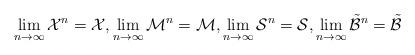
LaTeX: \begin{align*}\begin{aligned} \lim_{ n \to \infty } \mathcal{X}^n = \mathcal{X}, \lim_{ n \to \infty } \mathcal{M}^n = \mathcal{M}, \lim_{ n \to \infty } \mathcal{S}^n = \mathcal{S}, \lim_{ n \to \infty } \tilde{ \mathcal{B} }^n = \tilde{ \mathcal{B} } \end{aligned}\end{align*}